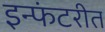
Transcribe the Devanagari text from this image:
इन्फंटरीत